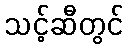
သင့်ဆီတွင်